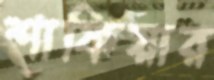
শাফিয়ার